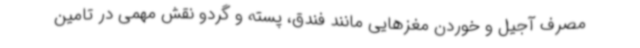
مصرف آجیل و خوردن مغزهایی مانند فندق، پسته و گردو نقش مهمی در تامین